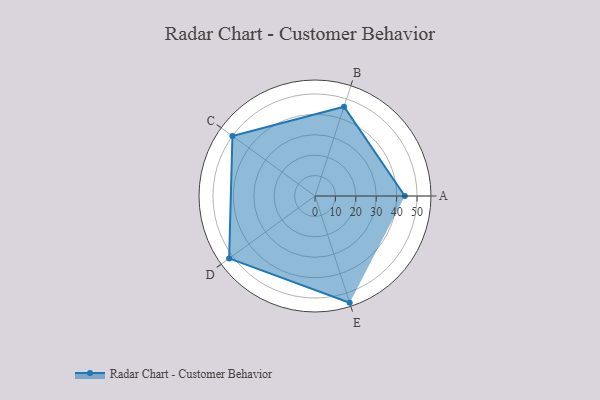
{"axis": {"x": "Skill", "y": "Score"}, "legend": ["Profile"], "data": [{"x": "A", "y": 44.0, "type": "Profile"}, {"x": "B", "y": 46.0, "type": "Profile"}, {"x": "C", "y": 50.0, "type": "Profile"}, {"x": "D", "y": 52.0, "type": "Profile"}, {"x": "E", "y": 55.0, "type": "Profile"}]}